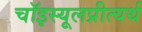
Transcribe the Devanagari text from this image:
चॉइस्यूलप्रीत्यर्थ